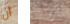
أن اعطنا